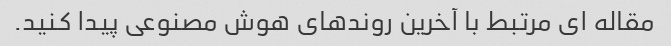
مقاله ای مرتبط با آخرین روندهای هوش مصنوعی پیدا کنید.